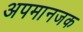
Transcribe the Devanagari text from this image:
अपमानजक